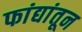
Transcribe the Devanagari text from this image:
फांद्यांतून